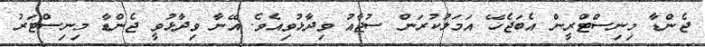
ޖެންޑާ މިނިސްޓްރީން އެބަޖެހޭ އަމަލުކުރަން ސުޖާއު ވިދާޅުވިއެވެ. އޭނާ ވިދާޅުވީ ޖެންޑާ މިނިސްޓަރު